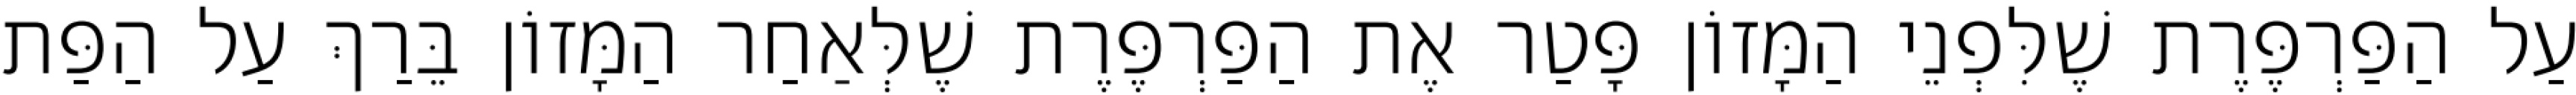
עַל הַפַּרְפֶּרֶת שֶׁלִּפְנֵי הַמָּזוֹן פָּטַר אֶת הַפַּרְפֶּרֶת שֶׁלְּאַחַר הַמָּזוֹן בֵּרַךְ עַל הַפַּת